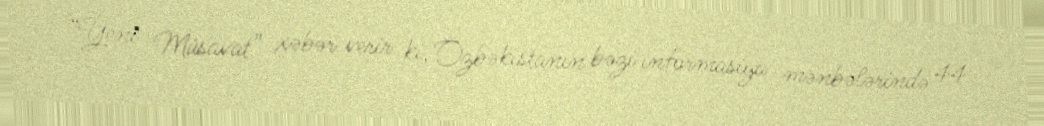
“Yeni Müsavat” xəbər verir ki, Özbəkistanın bəzi informasiya mənbələrində 44